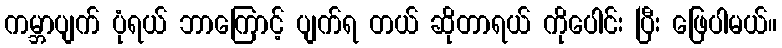
ကမ္ဘာပျက် ပုံရယ် ဘာကြောင့် ပျက်ရ တယ် ဆိုတာရယ် ကိုပေါင်း ပြီး ဖြေပါမယ်။